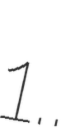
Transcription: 1..